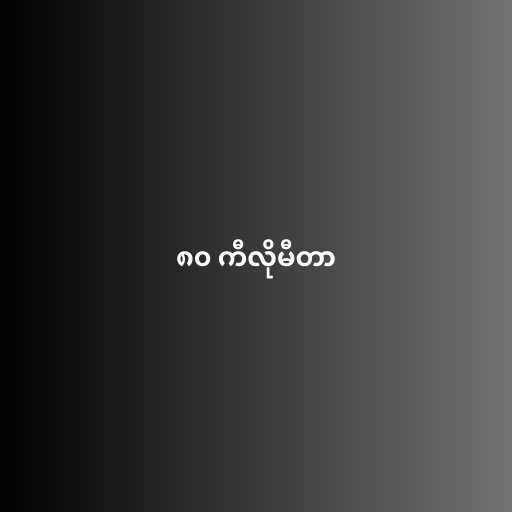
၈၀ ကီလိုမီတာ